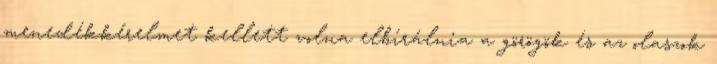
menedékkérelmet kellett volna elbírálnia a görögök és az olaszok